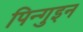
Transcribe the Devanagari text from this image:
पिन्गुइन